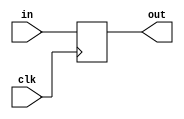
`timescale 1ns / 1ps
//////////////////////////////////////////////////////////////////////////////////
// Company: 
// Engineer: 
// 
// Design Name: 
// Module Name:    Equal_cond_holder 
// Project Name: 
// Target Devices: 
// Tool versions: 
// Description: 
//
// Dependencies: 
//
// Revision: 
// Revision 0.01 - File Created
// Additional Comments: 
//
//////////////////////////////////////////////////////////////////////////////////
module Equal_cond_holder(
    input in,
    input clk,
    output reg out
    );
	
	always@(negedge clk) begin
		out <= in;
	end
endmodule